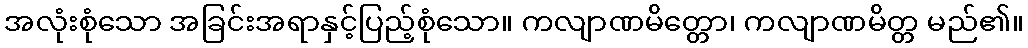
အလုံးစုံသော အခြင်းအရာနှင့်ပြည့်စုံသော။ ကလျာဏမိတ္တော၊ ကလျာဏမိတ္တ မည်၏။